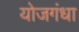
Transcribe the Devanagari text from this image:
योजगंधा